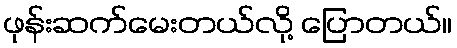
ဖုန်းဆက်မေးတယ်လို့ ပြောတယ်။